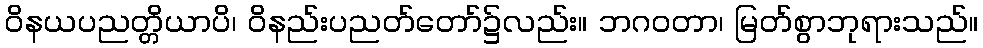
ဝိနယပညတ္တိယာပိ၊ ဝိနည်းပညတ်တော်၌လည်း။ ဘဂဝတာ၊ မြတ်စွာဘုရားသည်။